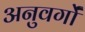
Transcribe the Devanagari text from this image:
अनुवर्गों